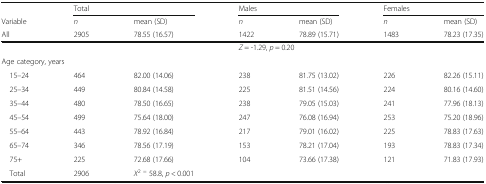
|  | <COLSPAN=2> Total | <COLSPAN=2> Males | <COLSPAN=2> Females |
 | Variable | n | mean (SD) | n | mean (SD) | n | mean (SD) |
 | All | 2905 | 78.55 (16.57) | 1422 | 78.89 (15.71) | 1483 | 78.23 (17.35) |
 | --- | --- | --- | --- | --- | --- | --- |
 |  | <COLSPAN=2>  | <COLSPAN=4> Z = -1.29, p = 0.20 |
 | <COLSPAN=7> Age category, years |
 | 15–24 | 464 | 82.00 (14.06) | 238 | 81.75 (13.02) | 226 | 82.26 (15.11) |
 | 25–34 | 449 | 80.84 (14.58) | 225 | 81.51 (14.56) | 224 | 80.16 (14.60) |
 | 35–44 | 480 | 78.50 (16.65) | 238 | 79.05 (15.03) | 241 | 77.96 (18.13) |
 | 45–54 | 499 | 75.64 (18.00) | 247 | 76.08 (16.94) | 253 | 75.20 (18.96) |
 | 55–64 | 443 | 78.92 (16.84) | 217 | 79.01 (16.02) | 225 | 78.83 (17.63) |
 | 65–74 | 346 | 78.56 (17.19) | 153 | 78.21 (17.04) | 193 | 78.83 (17.34) |
 | 75+ | 225 | 72.68 (17.66) | 104 | 73.66 (17.38) | 121 | 71.83 (17.93) |
 | Total | 2906 | X2 = 58.8, p < 0.001 | <COLSPAN=4>  |